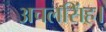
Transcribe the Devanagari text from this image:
अचलसिंह।